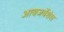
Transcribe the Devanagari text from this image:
आबजर्वेशंस